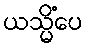
ယသ္မိံပေ